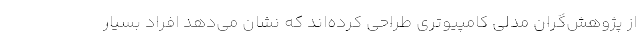
از پژوهش‌گران مدلی کامپیوتری طراحی کرده‌اند که نشان می‌دهد افراد بسیار